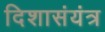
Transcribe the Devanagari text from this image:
दिशासंयंत्र